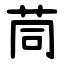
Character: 茼